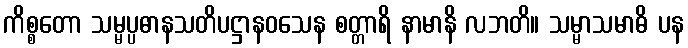
ကိစ္စတော သမ္မပ္ပဓာနသတိပဋ္ဌာနဝသေန စတ္တာရိ နာမာနိ လဘတိ။ သမ္မာသမာဓိ ပန